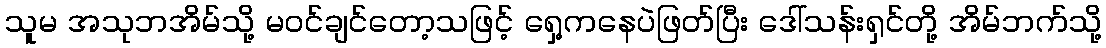
သူမ အသုဘအိမ်သို့ မဝင်ချင်တော့သဖြင့် ရှေ့ကနေပဲဖြတ်ပြီး ဒေါ်သန်းရှင်တို့ အိမ်ဘက်သို့